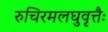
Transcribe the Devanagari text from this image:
रुचिरमलघुवृत्तैः